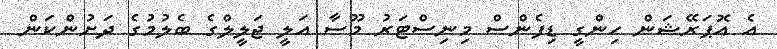
އެ އޮޕަރޭޝަން ހިންގީ ޑިފެންސް މިނިސްޓަރު މޫސާ އަލީ ޖަލީލްގެ ބެލުމުގެ ދަށުންކަން